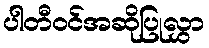
ပါတီဝင်အဆိုပြုလွှာ